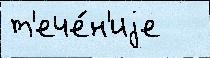
т'ече́н'иjе